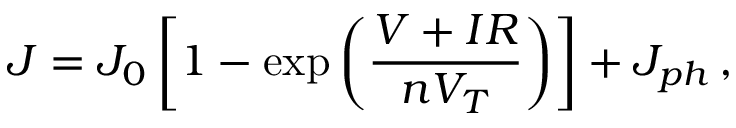
J = J _ { 0 } \left[ 1 - \exp \left( \frac { V + I R } { n V _ { T } } \right) \right] + J _ { p h } \, ,